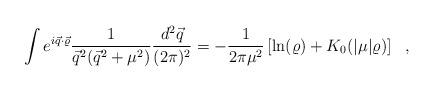
LaTeX: \begin{align*}\int e^{i\vec q\cdot\vec \varrho} \frac{1} {\vec q ^2(\vec q^2 +\mu ^2)} \frac{d^2\vec q}{(2\pi)^2} = -\frac{1}{2\pi\mu ^2}\left[\ln(\varrho) + K_0(|\mu|\varrho)\right]~~,\end{align*}